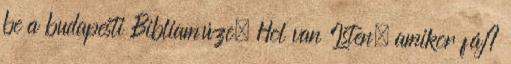
be a budapesti Bibliamúze. Hol van Isten, amikor fáj?